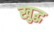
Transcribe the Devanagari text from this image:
खुद्ध